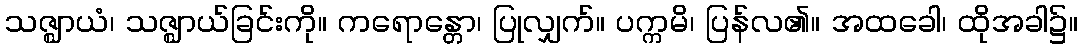
သဇ္ဈာယံ၊ သဇ္ဈာယ်ခြင်းကို။ ကရောန္တော၊ ပြုလျှက်။ ပက္ကမိ၊ ပြန်လ၏။ အထခေါ၊ ထိုအခါ၌။